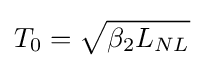
T_{0}={\sqrt {\beta _{2}L_{NL}}}